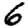
Digit: 6